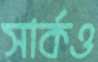
সার্কও